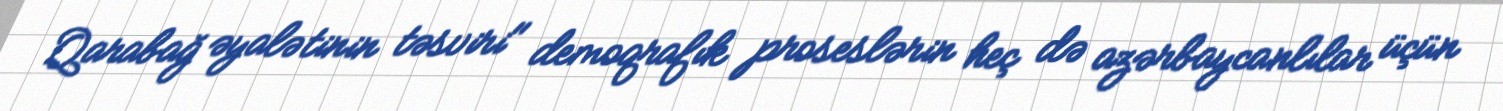
Qarabağ əyalətinin təsviri" demoqrafık proseslərin heç də azərbaycanlılar üçün